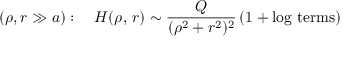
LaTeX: \left( \rho , r \gg a \right) : \quad H ( \rho , \, r ) \sim \frac { Q } { ( \rho ^ { 2 } + r ^ { 2 } ) ^ { 2 } } \left( 1 + \mathrm { l o g ~ t e r m s } \right)